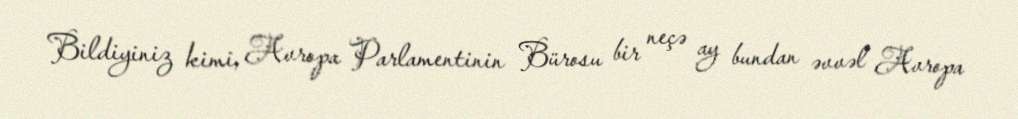
Bildiyiniz kimi, Avropa Parlamentinin Bürosu bir neçə ay bundan əvvəl Avropa